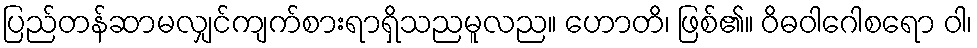
ပြည်တန်ဆာမလျှင်ကျက်စားရာရှိသညမူလည။ ဟောတိ၊ ဖြစ်၏။ ဝိဓဝါဂေါစရော ဝါ၊